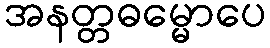
အနတ္တဓမ္မောပေ